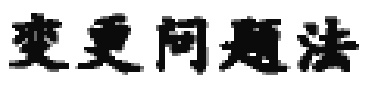
变更问题法